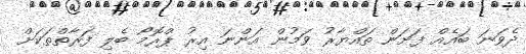
ދެވަނަ ބައެއް ފަށަން ތައްޔާރު ވަމުން އަންނަ އިރު ޕްރޮމޯ ބެލި ފަރާތްތަކަށް